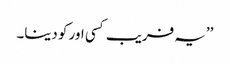
’’یہ فریب کسی اور کو دینا۔